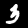
Digit: 3